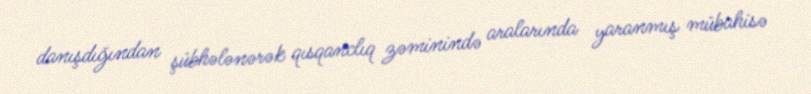
danışdığından şübhələnərək qısqanclıq zəminində aralarında yaranmış mübahisə